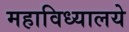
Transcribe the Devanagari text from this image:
महाविध्यालये